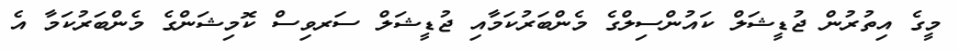
މީގެ އިތުރުން ޖުޑީޝަލް ކައުންސިލްގެ މެންބަރުކަމާއި ޖުޑީޝަލް ސަރވިސް ކޮމިޝަންގެ މެންބަރުކަމާ އެ